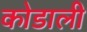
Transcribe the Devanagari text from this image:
कोडाली